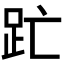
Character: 𮛇